NAE_ERA_R-1950_Eesti_Ajakirjanike_Liit, lk 52
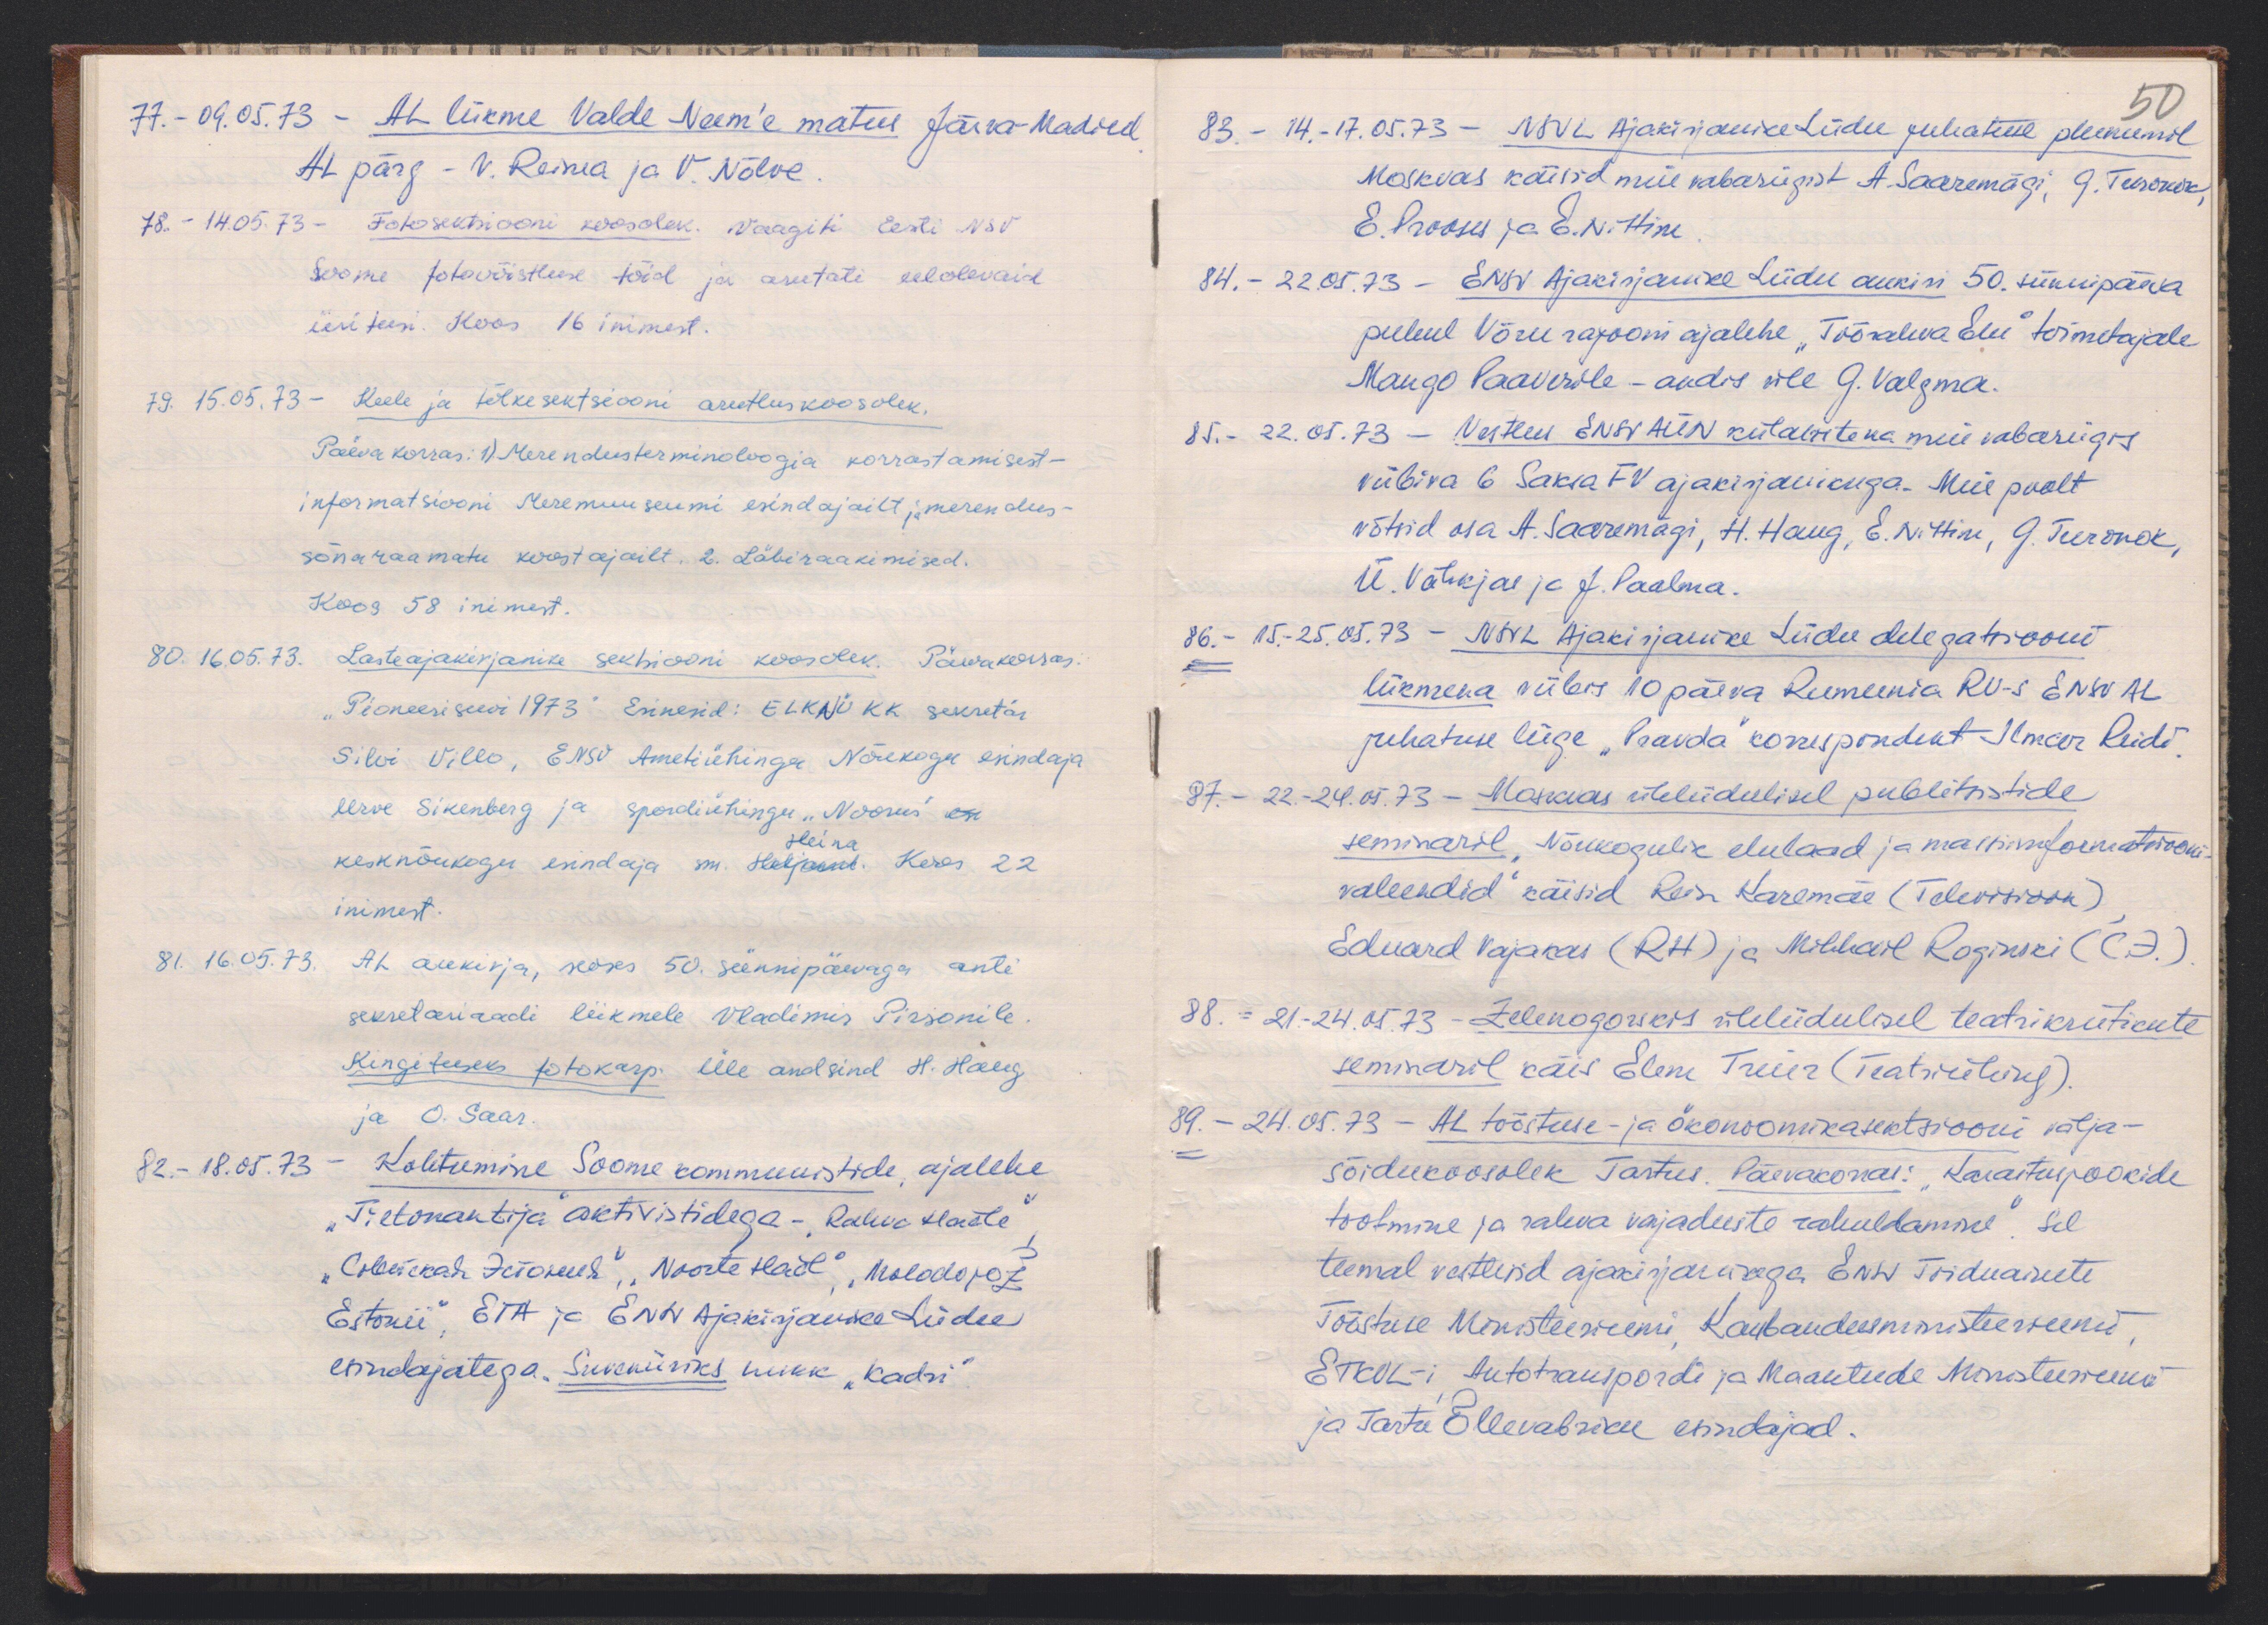
77. - 09.05.73 - AL liikme Valde Neem'e matus Järva-Madisel
AL pärg - V. Reima ja V. Nõlve.
78. - 14.05.73 - fotosektsiooni koosolek. Vaagiti Eesti NSV
Soome fotovõistluse töid ja arutati eelolevaid
üritusi. Koos 16 inimest.
79. 15.05.73 - Keele ja tõlkesektsiooni arutluskoosolek.
Päevakorras: 1) Merendusterminoloogia korrastamisest -
informatsiooni Meremuuseumi esindajailt ja merendus-
sõnaraamatu koostajailt, 2. Läbiraakimised.
Koos 58 inimest.
80. 16.05.73. Lasteajakirjanike sektsiooni koosolek. Päevakorras:
"Pioneeri suvi 1973" Esinesid: ELKNÜ KK sekretär
Silvi Villo, ENSV Ametiühingu Nõukogu esindaja
Urve Sikenberg ja spordiühingu "Noorus" on
Heina
kesknõukogu esindaja sm. Heljanud. Keres 22
inimest.
81. 16.05.73. AL aukirja, seoses 50. sünnipäevaga anti
sekretariaadi liikmele Vladimir Pirsonile
Kingituseks fotokarp. üle andsind H. Haug
ja O. Saar.
82. - 18.05.73 - Kohtumine Soome kommunistide, ajalehe
"Tietonantija" aktivistidega - "Rahva Hääle"
"Солетскай деголися", "Noorte Hääl" "Molodojož
Estonii", ETA ja ENSV Ajakirjanike Liidu
esindajatega. Suveniiriks nukk "Kadri"

50
83. - 14.-17.05.73 - NSVL Ajakirjanike Liidu juhatuse pleenumil
Moskvas käisid meie vabariigist A. Saaremägi, G. Turonok,
E. Prooses ja E. Nittim
84. - 22.05.73 - ENSV Ajakirjanike Liidu aukiri 50. sünnipäeva
puhul Võru rajooni ajalehe "Töörahva Elu" toimetajale
Mango Paaverile - andis üle G. Valgma.
85. - 22.05.73 - vestlus ENSV AÜN külalistena meie vabariigis
viibiva 6 Saksa FV ajakirjanikuga. Meie poolt
võtsid osa A. Saaremägi, H. Haug, E. Nittim, G. Turonok,
Ü. Vähkjas ja J. Paalma.
86. - 15.-25.05.73 - NSVL Ajakirjanike Liidu Delegatsiooni
liikmena viibis 10 päeva Rumeemia RV-s ENSV AL
juhatuse liige "Pravda" korrespondekn Ilmar Reidi
87. - 22.-24.05.73 - Moskvas üleliidulisel publitsistide
seminaril "Nõukogulik elulaad ja massiinformatsiooni
vahendid" käisid Rein Karemäe (Televisioon)
Eduard Vajakas (RH) ja Mihhail Roginski (C.E.).
88. - 21.-24.05.73 - Zelenogorskis üleliidulisel teatrikriitikute
seminaril käis Elene Treier (Teatriühing).
89. - 24.05.73 - AL tööstuse- ja ökonoomikasektsiooni välja-
sõidukoosolek Tartus. Päevakorras: "Karastusjookide
tootmine ja rahva vajaduste rahuldamine". Sel
teemal vestlesid ajakirjanikega ENSV Toiduainete
Tööstuse Ministeeriumi, Kaubandusministeeriumi,
ETKVL-i, Autotranspordi ja Maanteede Ministeeriumi
ja Tartu Õllevabriku esindajad.